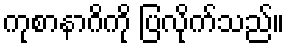
ကုစာနာဂိကို ပြလိုက်သည်။